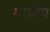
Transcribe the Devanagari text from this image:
मरयिम